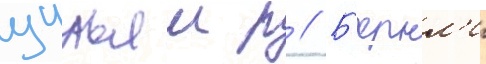
уильям р // Б'ернл'и